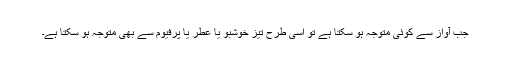
جب آواز سے کوئی متوجہ ہو سکتا ہے تو اسی طرح تیز خوشبو یا عطر یا پرفیوم سے بھی متوجہ ہو سکتا ہے۔